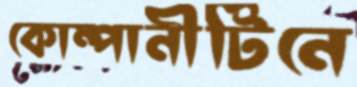
কোম্পানীটিনে